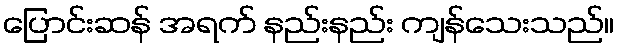
ပြောင်းဆန် အရက် နည်းနည်း ကျန်သေးသည်။